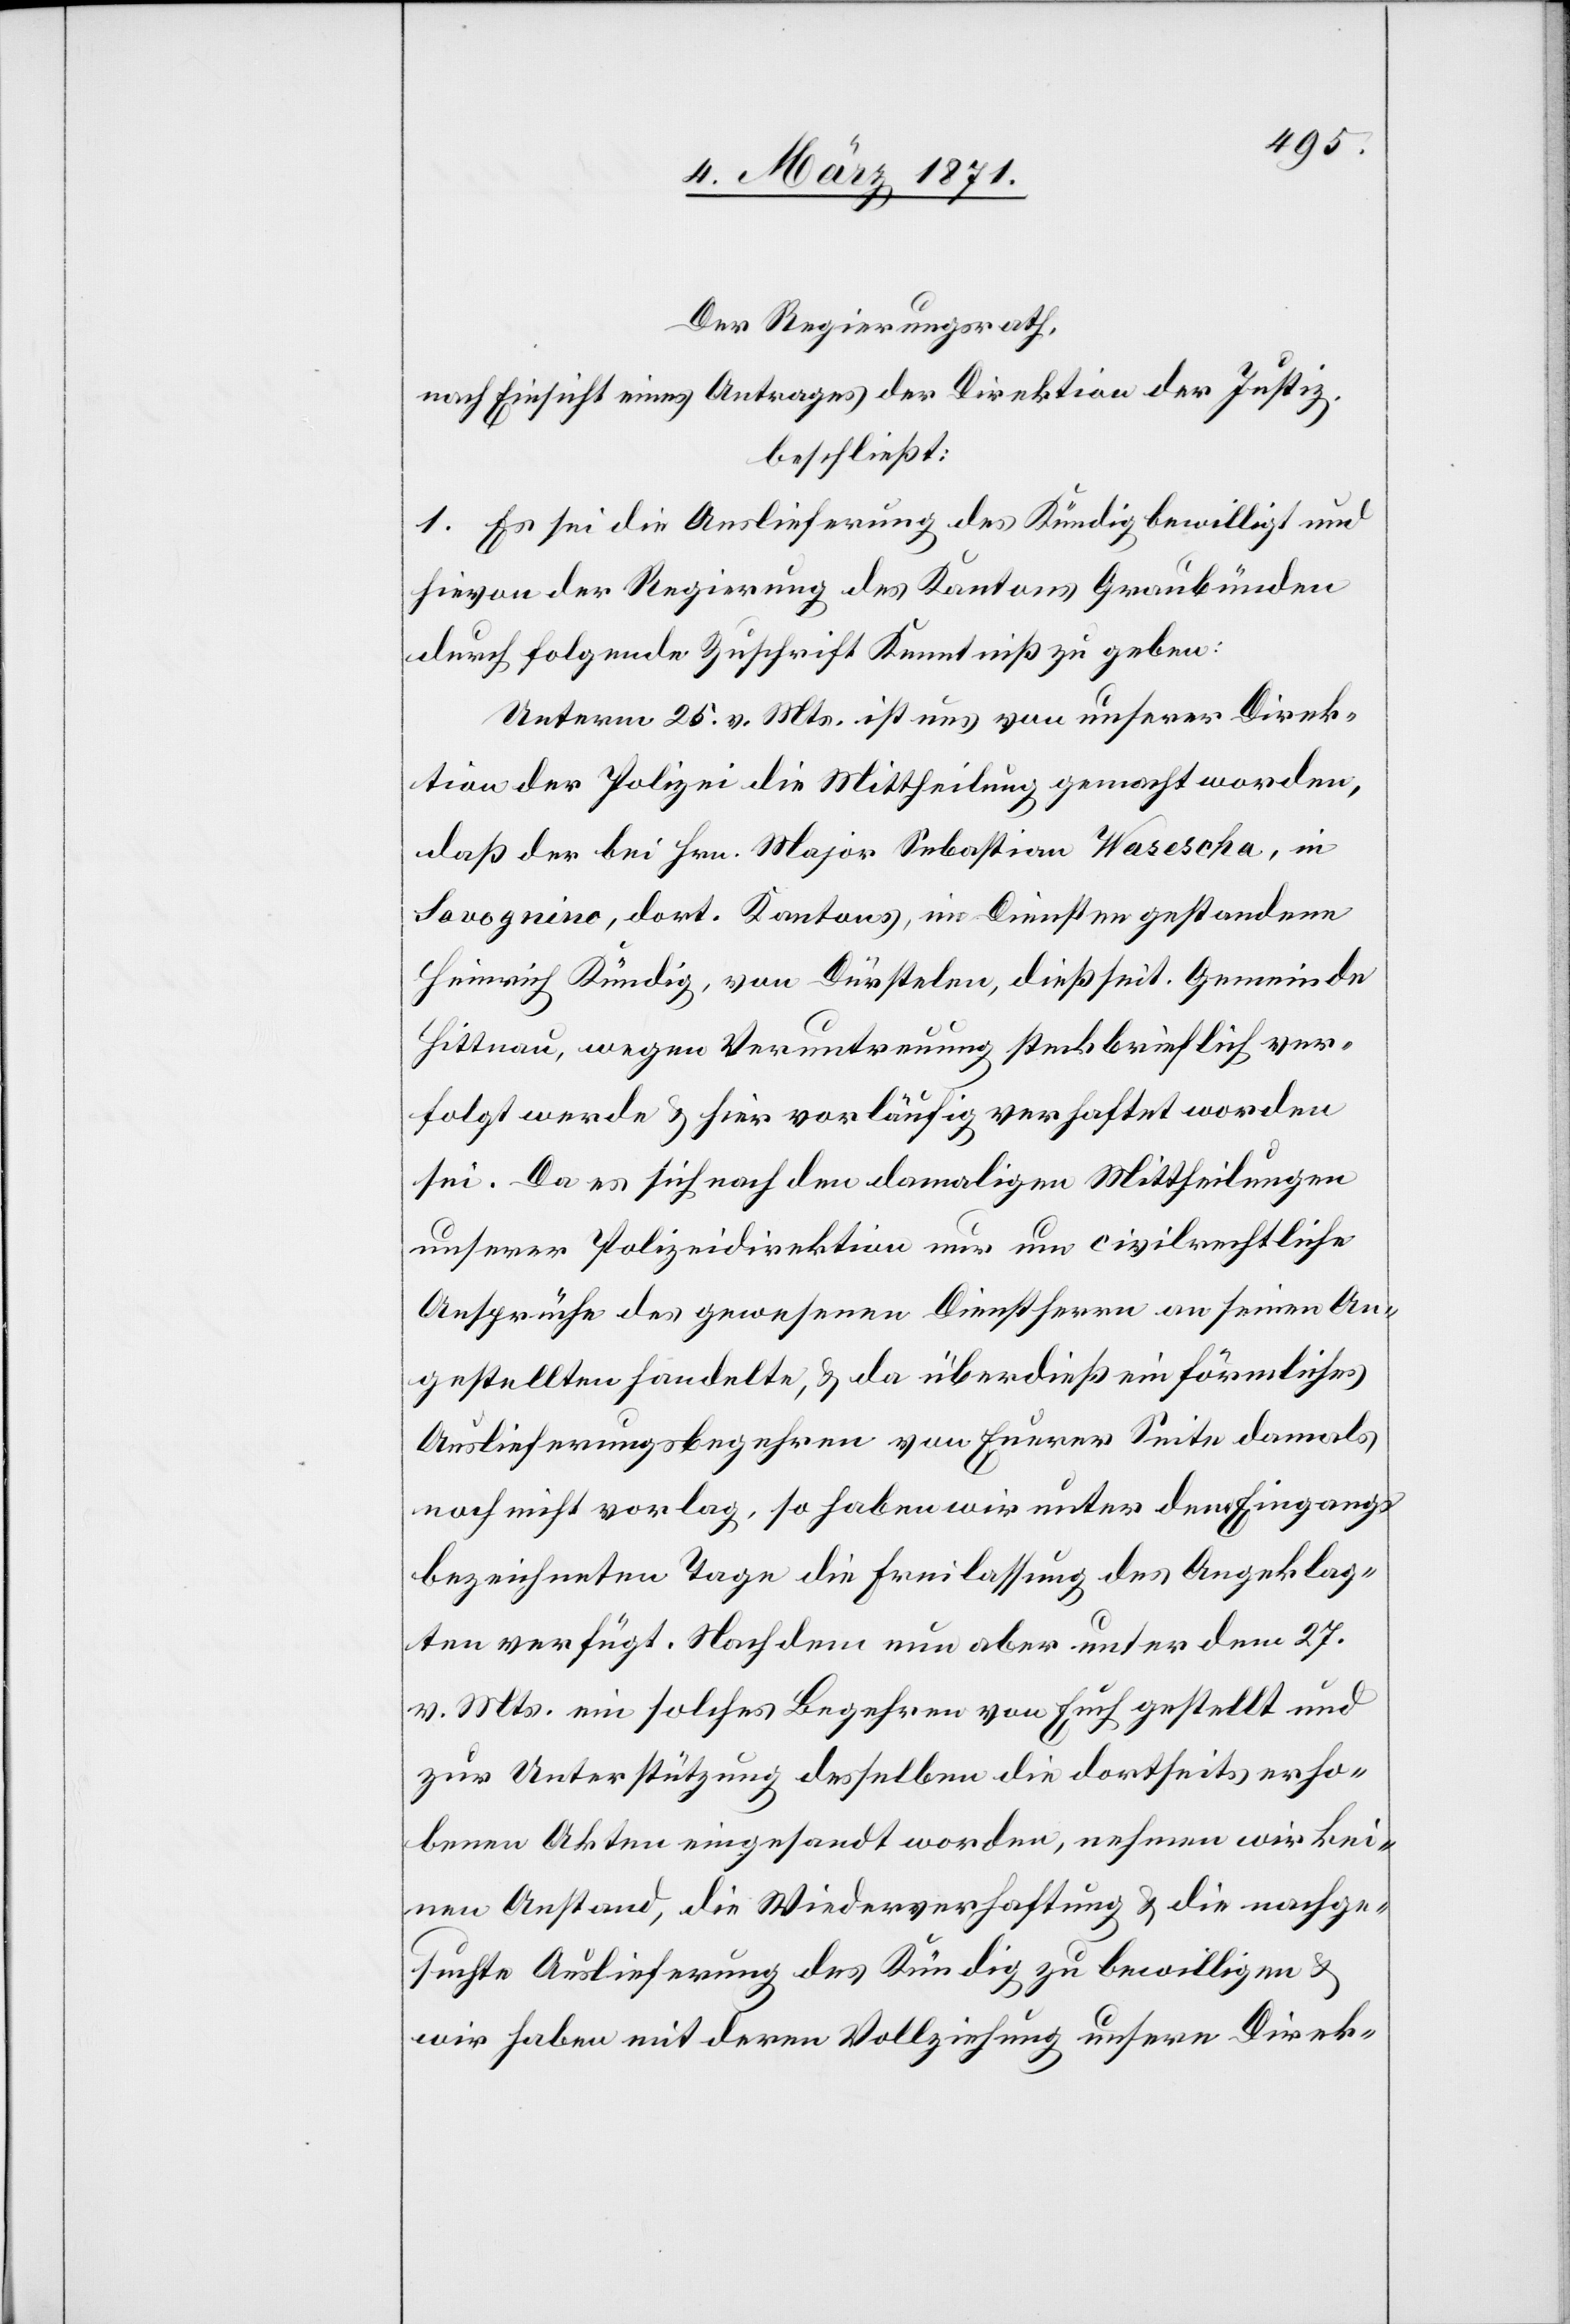
Der Regierungsrath,
nach Einsicht eines Antrages der Direktion der Justiz,
beschließt:
1. Es sei die Auslieferung des Kündig bewilligt und
hievon der Regierung des Kantons Graubünden
durch folgende Zuschrift Kenntniß zu geben:
Unterm 25. v. Mts. ist uns von unserer Direk¬
tion der Polizei die Mittheilung gemacht worden,
daß der bei Hrn. Major Sebastian Wasescha, in
Savognino, dort. Kantons, im Diensten gestandene
Heinrich Kündig, von Dürstelen, dießseit. Gemeinde
Hittnau, wegen Veruntreuung steckbrieflich ver¬
folgt werde u. hier vorläufig verhaftet worden
sei. Da es sich nach den damaligen Mittheilungen
unserer Polizeidirektion nur um civilrechtliche
Ansprüche des gewesenen Dienstherrn an seinen An¬
gestellten handelte, u. da überdieß ein förmliches
Auslieferungsbegehren von Euerer Seite damals
noch nicht vor lag, so haben wir unter dem Eingangs
bezeichneten Tage die Freilassung des Angeklag¬
ten verfügt. Nach dem nun aber unter dem 27.
v. Mts. ein solches Begehren von Euch gestellt und
zur Unterstützung desselben die dortseits erho¬
benen Akten eingesandt worden, nehmen wir kei¬
nen Anstand, die Wiederverhaftung u. die nachge¬
suchte Auslieferung des Kündig zu bewilligen u.
wir haben mit deren Vollziehung unsere Direk-